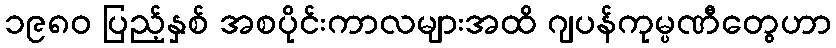
၁၉၈၀ ပြည့်နှစ် အစပိုင်းကာလများအထိ ဂျပန်ကုမ္ပဏီတွေဟာ